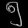
Digit: ၅